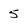
Character: 5